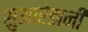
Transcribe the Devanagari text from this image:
सुआरेझनी